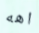
اهه